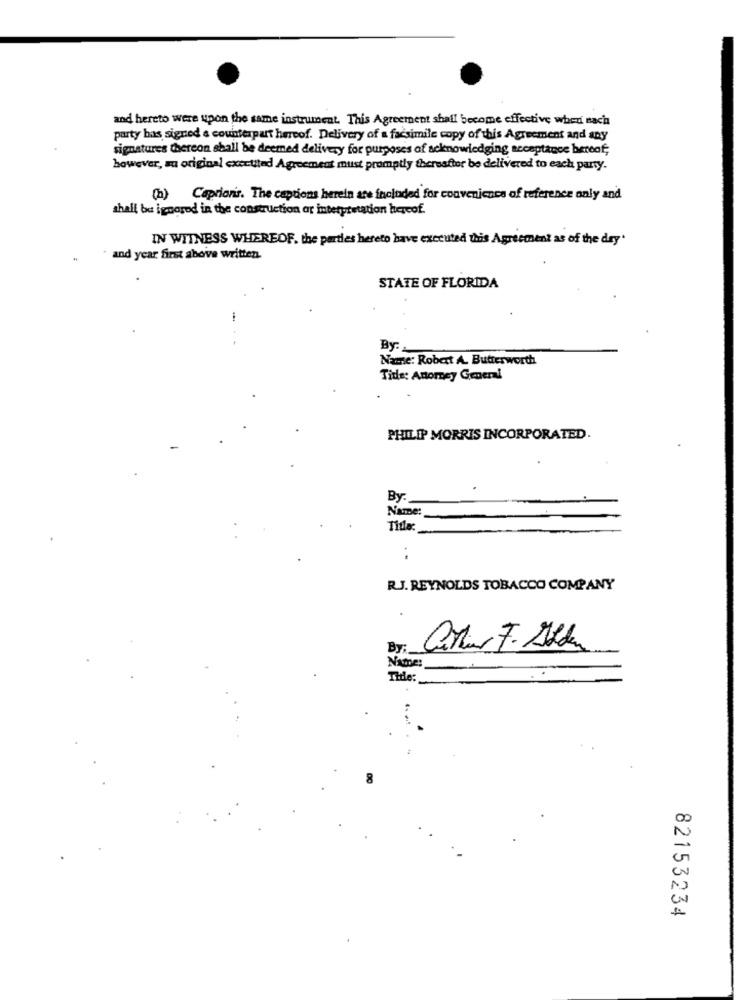
and hereto were upon the same instrument. This Agreement shall become effective when nach
party has signed a counterpart hereof. Delivery of a facsimile copy of this Agreement and any
signatures thereon shall be deemed delivery for purposes of acknowledging acceptance hereaf;
however, sa original cxertited Agreement must promptly thereafter be delivered to each party.
(b) Caprionis. The captions herein are included for convenience of reference only and
shall be ignored in the construction ar interpretation hereof.
IN WITNESS WHEREOF. the parties hereto have executed this Agreement as of the day"
· and year first above written.
STATE OF FLORIDA
-
By:
Name: Robert A. Butterworth
Tids: Attorney General
PHILIP MORRIS INCORPORATED.
By:
Name
Title:
. .
R.J. REYNOLDS TOBACCO COMPANY
By:
NAmDe:
Thle:
82153234